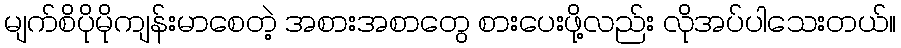
မျက်စိပိုမိုကျန်းမာစေတဲ့ အစားအစာတွေ စားပေးဖို့လည်း လိုအပ်ပါသေးတယ်။